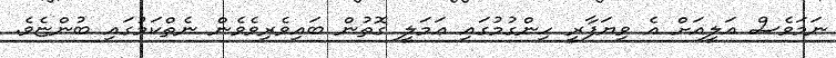
ނަމަވެސް އަލީއަށް އެ ވިޔަފާރީ ހިންގުމުގައި ޢަމަލީ ގޮތުން ބައިވެރިވެވެން ނެތްކަމުގައި ބުންޏެވެ.